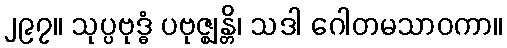
၂၉၇။ သုပ္ပဗုဒ္ဓံ ပဗုဇ္ဈန္တိ၊ သဒါ ဂေါတမသာဝကာ။